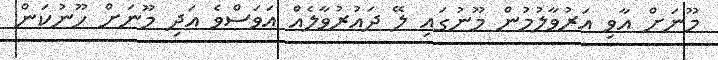
މޫނަށް އާވި އަަރުވާލުމުން މޫނުގައި ލޭ ދައުރުވާލެއް އަވަސްވެ އަދި މޫނަށް ހޫނުކަން